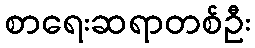
စာရေးဆရာတစ်ဦး